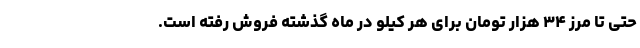
حتی تا مرز ۳۴ هزار تومان برای هر کیلو در ماه گذشته فروش رفته است.